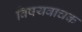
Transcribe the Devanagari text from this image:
विषयवाचक